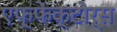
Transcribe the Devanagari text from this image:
एफ्फेक्टोर्स